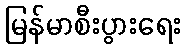
မြန်မာစီးပွားရေး